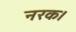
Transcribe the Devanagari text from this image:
नरक।